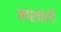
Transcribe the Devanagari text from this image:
मशारो